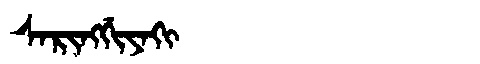
Manchu: ᠰᠠᡵᡳᠩᡤᡳᠶᠠᡴᡳ
Romanization: SARINGGIYAKI